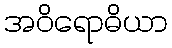
အဝိရောဓိယာ